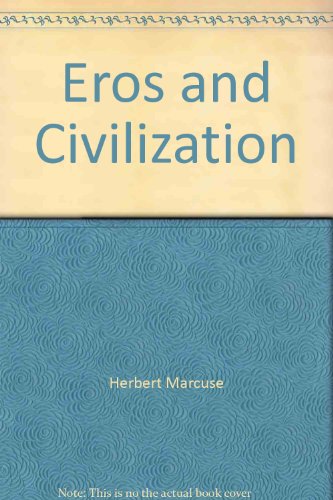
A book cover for Eros and Civilization; Herbert Marcuse; Politics & Social Sciences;